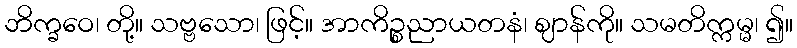
ဘိက္ခဝေ၊ တို့။ သဗ္ဗသော၊ ဖြင့်။ အာကိဉ္စညာယတနံ၊ ဈာန်ကို။ သမတိက္ကမ္မ၊ ၍။